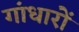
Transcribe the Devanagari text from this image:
गांधारों